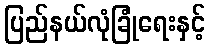
ပြည်နယ်လုံခြုံရေးနှင့်